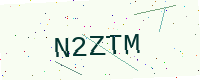
Text: N2ZTM